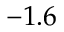
- 1 . 6